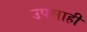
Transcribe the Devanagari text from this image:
उपसाही